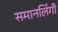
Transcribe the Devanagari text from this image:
समानलिंगी